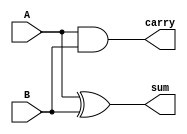
module half_adder(
    input A,
    input B,
    output sum,
    output carry
);
    assign sum = A ^ B; // XOR for sum
    assign carry = A & B; // AND for carry
endmodule

// Define a Full Adder module using two half adders and an OR gate
module full_adder(
    input A,
    input B,
    input C,
    output sum,
    output carry
);
    wire sum_first, carry_first, carry_second;

    // Instantiate the first half adder
    half_adder HA1 (
        .A(A),
        .B(B),
        .sum(sum_first),
        .carry(carry_first)
    );

    // Instantiate the second half adder
    half_adder HA2 (
        .A(sum_first),
        .B(C),
        .sum(sum),
        .carry(carry_second)
    );

    // OR gate for the final carry
    assign carry = carry_first | carry_second;
endmodule